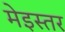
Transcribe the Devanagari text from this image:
मेइस्तर